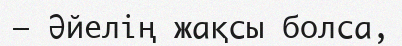
— Әйелің жақсы болса,